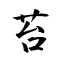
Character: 苔